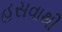
હસવાથી